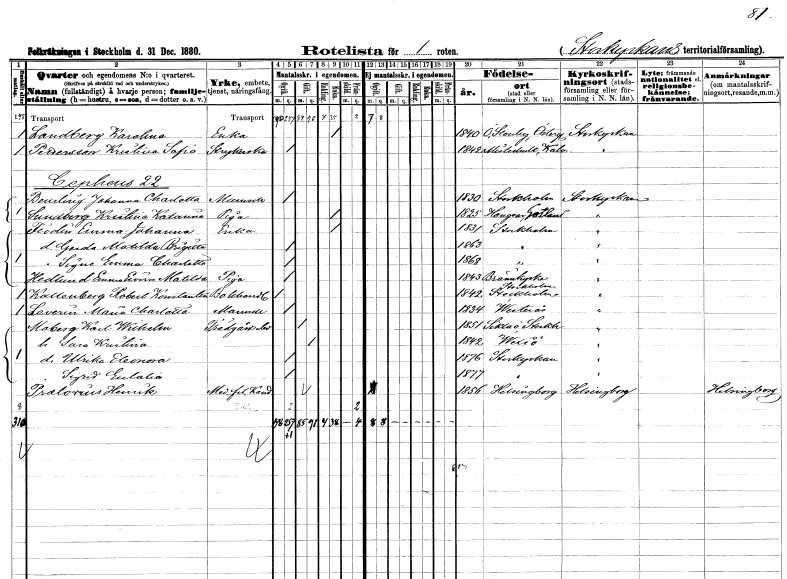
gt_parse: households: individuals: FN: Karolina
EN: Landberg
YRKE: Änka
KON: K
CIV: E
FODAR: 1840
FODFORS: Östra Stenby Östergötlands län
FN: Kristina Sofia
EN: Pettersson
YRKE: Strykerska
KON: K
CIV: O
FODAR: 1842
FODFORS: Misterhult Kalmar län
FN: Johanna Charlotta
EN: Beurling
KON: K
CIV: O
FODAR: 1830
FODFORS: Stockholm
FN: Kristina Katarina
EN: Sundberg
YRKE: Piga
KON: K
CIV: E
FODAR: 1825
FODFORS: Hangvar Gotlands län
FN: Emma Johanna
EN: Flodin
YRKE: Änka
KON: K
CIV: E
FODAR: 1831
FODFORS: Stockholm
FN: Gerda Matilda Brigitta
KON: K
CIV: O
FODAR: 1863
FODFORS: Stockholm
FN: Signe Emma Charlotta
KON: K
CIV: O
FODAR: 1868
FODFORS: Stockholm
FN: Emma Elvira Matilda
EN: Hedlund
YRKE: Piga
KON: K
CIV: O
FODAR: 1843
FODFORS: Brännkyrka Stockholms län
FN: Robert Konstantin
EN: Kallenberg
YRKE: Bokhandlare
KON: M
CIV: O
FODAR: 1842
FODFORS: Stockholm
FN: Maria Charlotta
EN: Leverin
KON: K
CIV: O
FODAR: 1834
FODFORS: Västerås Västmanlands län
FN: Karl Wilhelm
EN: Moberg
YRKE: Trädgårdselev
KON: M
CIV: G
FODAR: 1851
FODFORS: Sicklaö Stockholms län
FN: Sara Kristina
KON: K
CIV: G
FODAR: 1842
FODFORS: Växjö Kronobergs län
FN: Ulrika Eleonora
KON: K
CIV: O
FODAR: 1876
FODFORS: Storkyrkoförsamlingen Stockholms stad
FN: Sigrid Eulalia
KON: K
CIV: O
FODAR: 1877
FODFORS: Storkyrkoförsamlingen Stockholms stad
FN: Henrik
EN: Pratorius
YRKE: Medicine fil. Kand.
KON: M
CIV: O
FODAR: 1856
FODFORS: Hälsingborg Malmöhus län